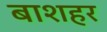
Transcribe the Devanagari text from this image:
बाशहर